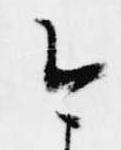
今